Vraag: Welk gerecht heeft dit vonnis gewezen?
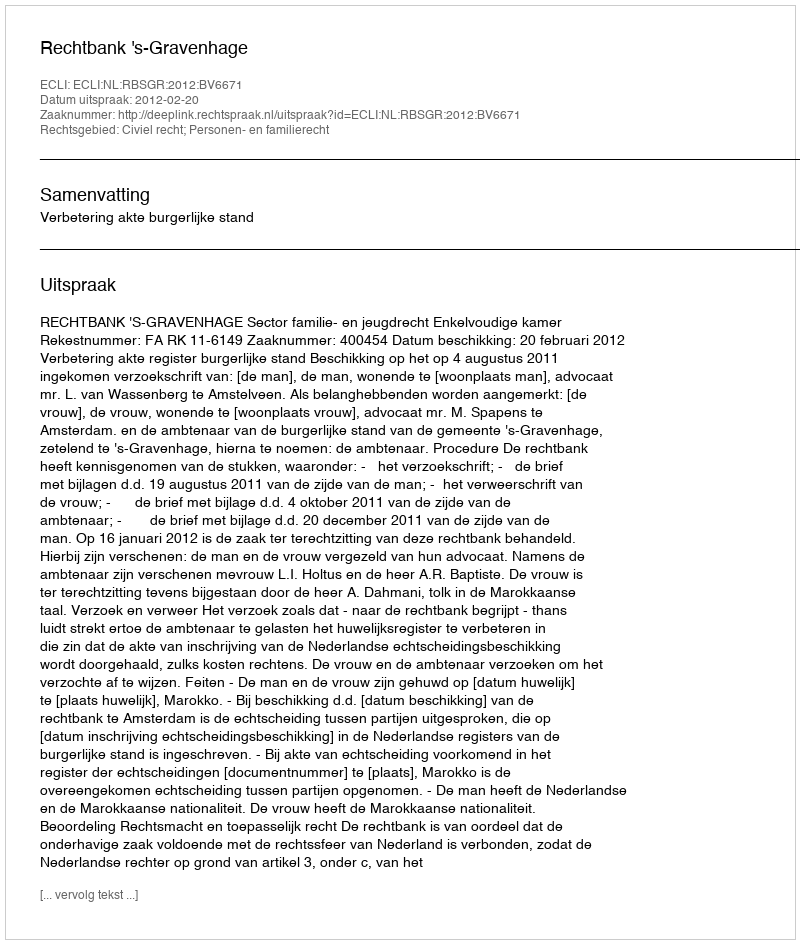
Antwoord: Rechtbank 's-Gravenhage